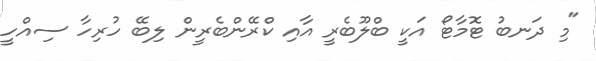
"މި ދަނބު ޓޮމާޓޯ އަކީ ބްލޫބެރީ އާއި ކްރޭންބެރީން ލިބޭ ހުރިހާ ސިއްހީ